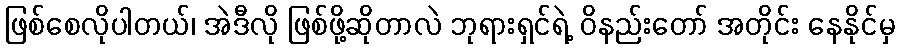
ဖြစ်စေလိုပါတယ်၊ အဲဒီလို ဖြစ်ဖို့ဆိုတာလဲ ဘုရားရှင်ရဲ့ ဝိနည်းတော် အတိုင်း နေနိုင်မှ